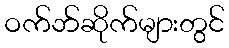
ဝက်ဘ်ဆိုက်များတွင်